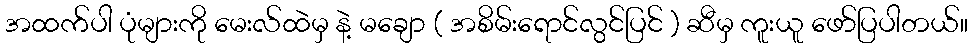
အထက်ပါ ပုံများကို မေးလ်ထဲမှ နဲ့ မချော ( အစိမ်းရောင်လွင်ပြင် ) ဆီမှ ကူးယူ ဖော်ပြပါတယ်။